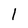
Character: 1